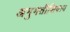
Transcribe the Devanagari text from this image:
अनुमतीशिवाय